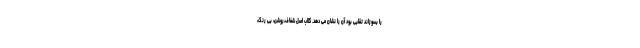
را بسوزاند تقلبی بود آن را نشان می دهد. گلاب اصل شفاف،روشن، بی رنگ،